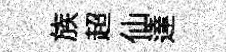
族超仙達